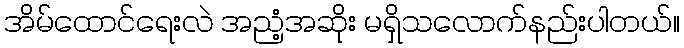
အိမ်ထောင်ရေးလဲ အညံ့အဆိုး မရှိသလောက်နည်းပါတယ်။